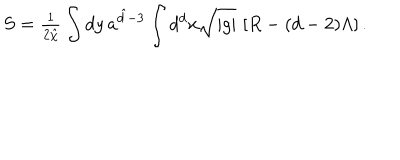
S = { \textstyle \frac { 1 } { 2 { \hat { \chi } } } } \int { d y \, a ^ { { \hat { d } } - 3 } } \int { d ^ { d } x \sqrt { | g | } \, \left[ R - ( d - 2 ) \Lambda \right] } \, .